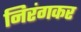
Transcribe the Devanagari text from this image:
निरंगकर